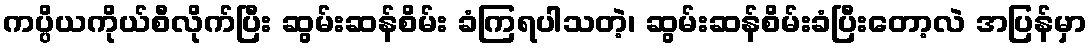
ကပ္ပိယကိုယ်စီလိုက်ပြီး ဆွမ်းဆန်စိမ်း ခံကြရပါသတဲ့၊ ဆွမ်းဆန်စိမ်းခံပြီးတော့လဲ အပြန်မှာ